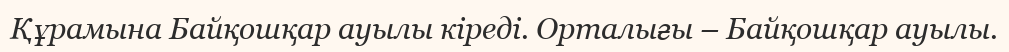
Құрамына Байқошқар ауылы кіреді. Орталығы – Байқошқар ауылы.